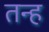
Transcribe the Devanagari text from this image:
तन्ह